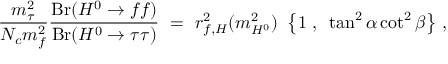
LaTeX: { \frac { m _ { \tau } ^ { 2 } } { N _ { c } m _ { f } ^ { 2 } } } { \frac { \mathrm { B r } ( H ^ { 0 } \to f f ) } { \mathrm { B r } ( H ^ { 0 } \to \tau \tau ) } } \ = \ r _ { f , H } ^ { 2 } ( m _ { H ^ { 0 } } ^ { 2 } ) ~ \left\{ 1 ~ , ~ \tan ^ { 2 } \alpha \cot ^ { 2 } \beta \right\} \, ,